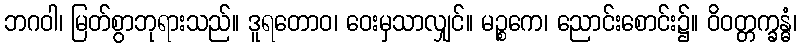
ဘဂဝါ၊ မြတ်စွာဘုရားသည်။ ဒူရတောဝ၊ ဝေးမှသာလျှင်။ မဉ္စကေ၊ ညောင်းစောင်း၌။ ဝိဝတ္တက္ခန္ဓံ၊